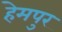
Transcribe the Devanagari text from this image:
हेमपुर